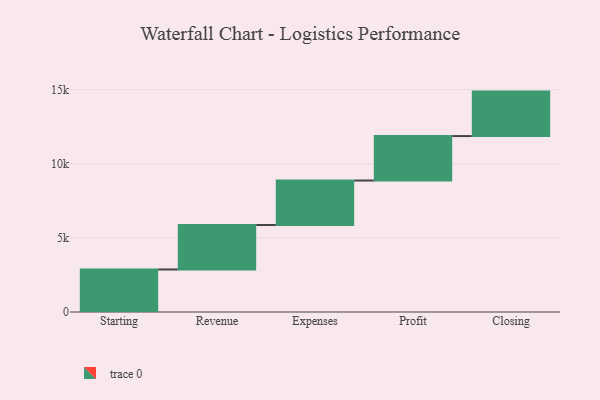
{"axis": {"x": "Step", "y": "Value"}, "legend": [""], "data": [{"x": "Starting", "y": 2870.0, "type": ""}, {"x": "Revenue", "y": 3000, "type": ""}, {"x": "Expenses", "y": 3000, "type": ""}, {"x": "Profit", "y": 3000, "type": ""}, {"x": "Closing", "y": 3000, "type": ""}]}